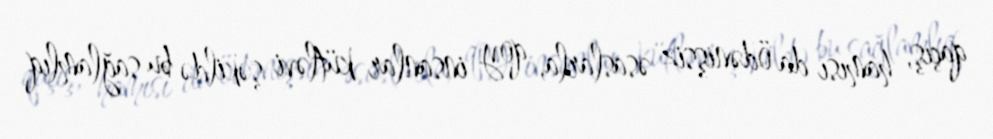
qaçış, hamısı da ödənişsiz əsaslarla, qoy insanlar kütləvi şəkildə bu sağlamlıq